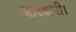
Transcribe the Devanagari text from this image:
भारकारी।